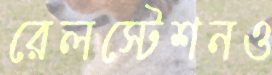
রেলস্টেশনও